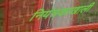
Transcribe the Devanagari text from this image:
नियंत्रकाखाली